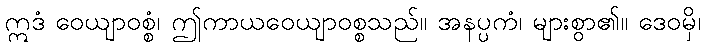
ဣဒံ ဝေယျာဝစ္စံ၊ ဤကာယဝေယျာဝစ္စသည်။ အနပ္ပကံ၊ များစွာ၏။ ဒေဝမှိ၊